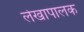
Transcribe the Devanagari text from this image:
लेखापालक